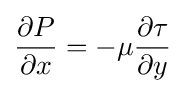
{\partial P \over \partial x}=-\mu {\partial \tau  \over \partial y}